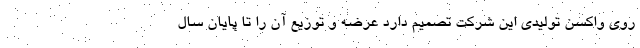
روی واکسن تولیدی این شرکت تصمیم دارد عرضه و توزیع آن را تا پایان سال